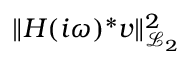
\| \b { H } ( i \omega ) ^ { * } \b { v } \| _ { \mathcal { L } _ { 2 } } ^ { 2 }